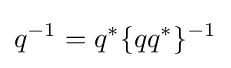
q^{-1}=q^{*}\lbrace qq^{*}\rbrace ^{-1}